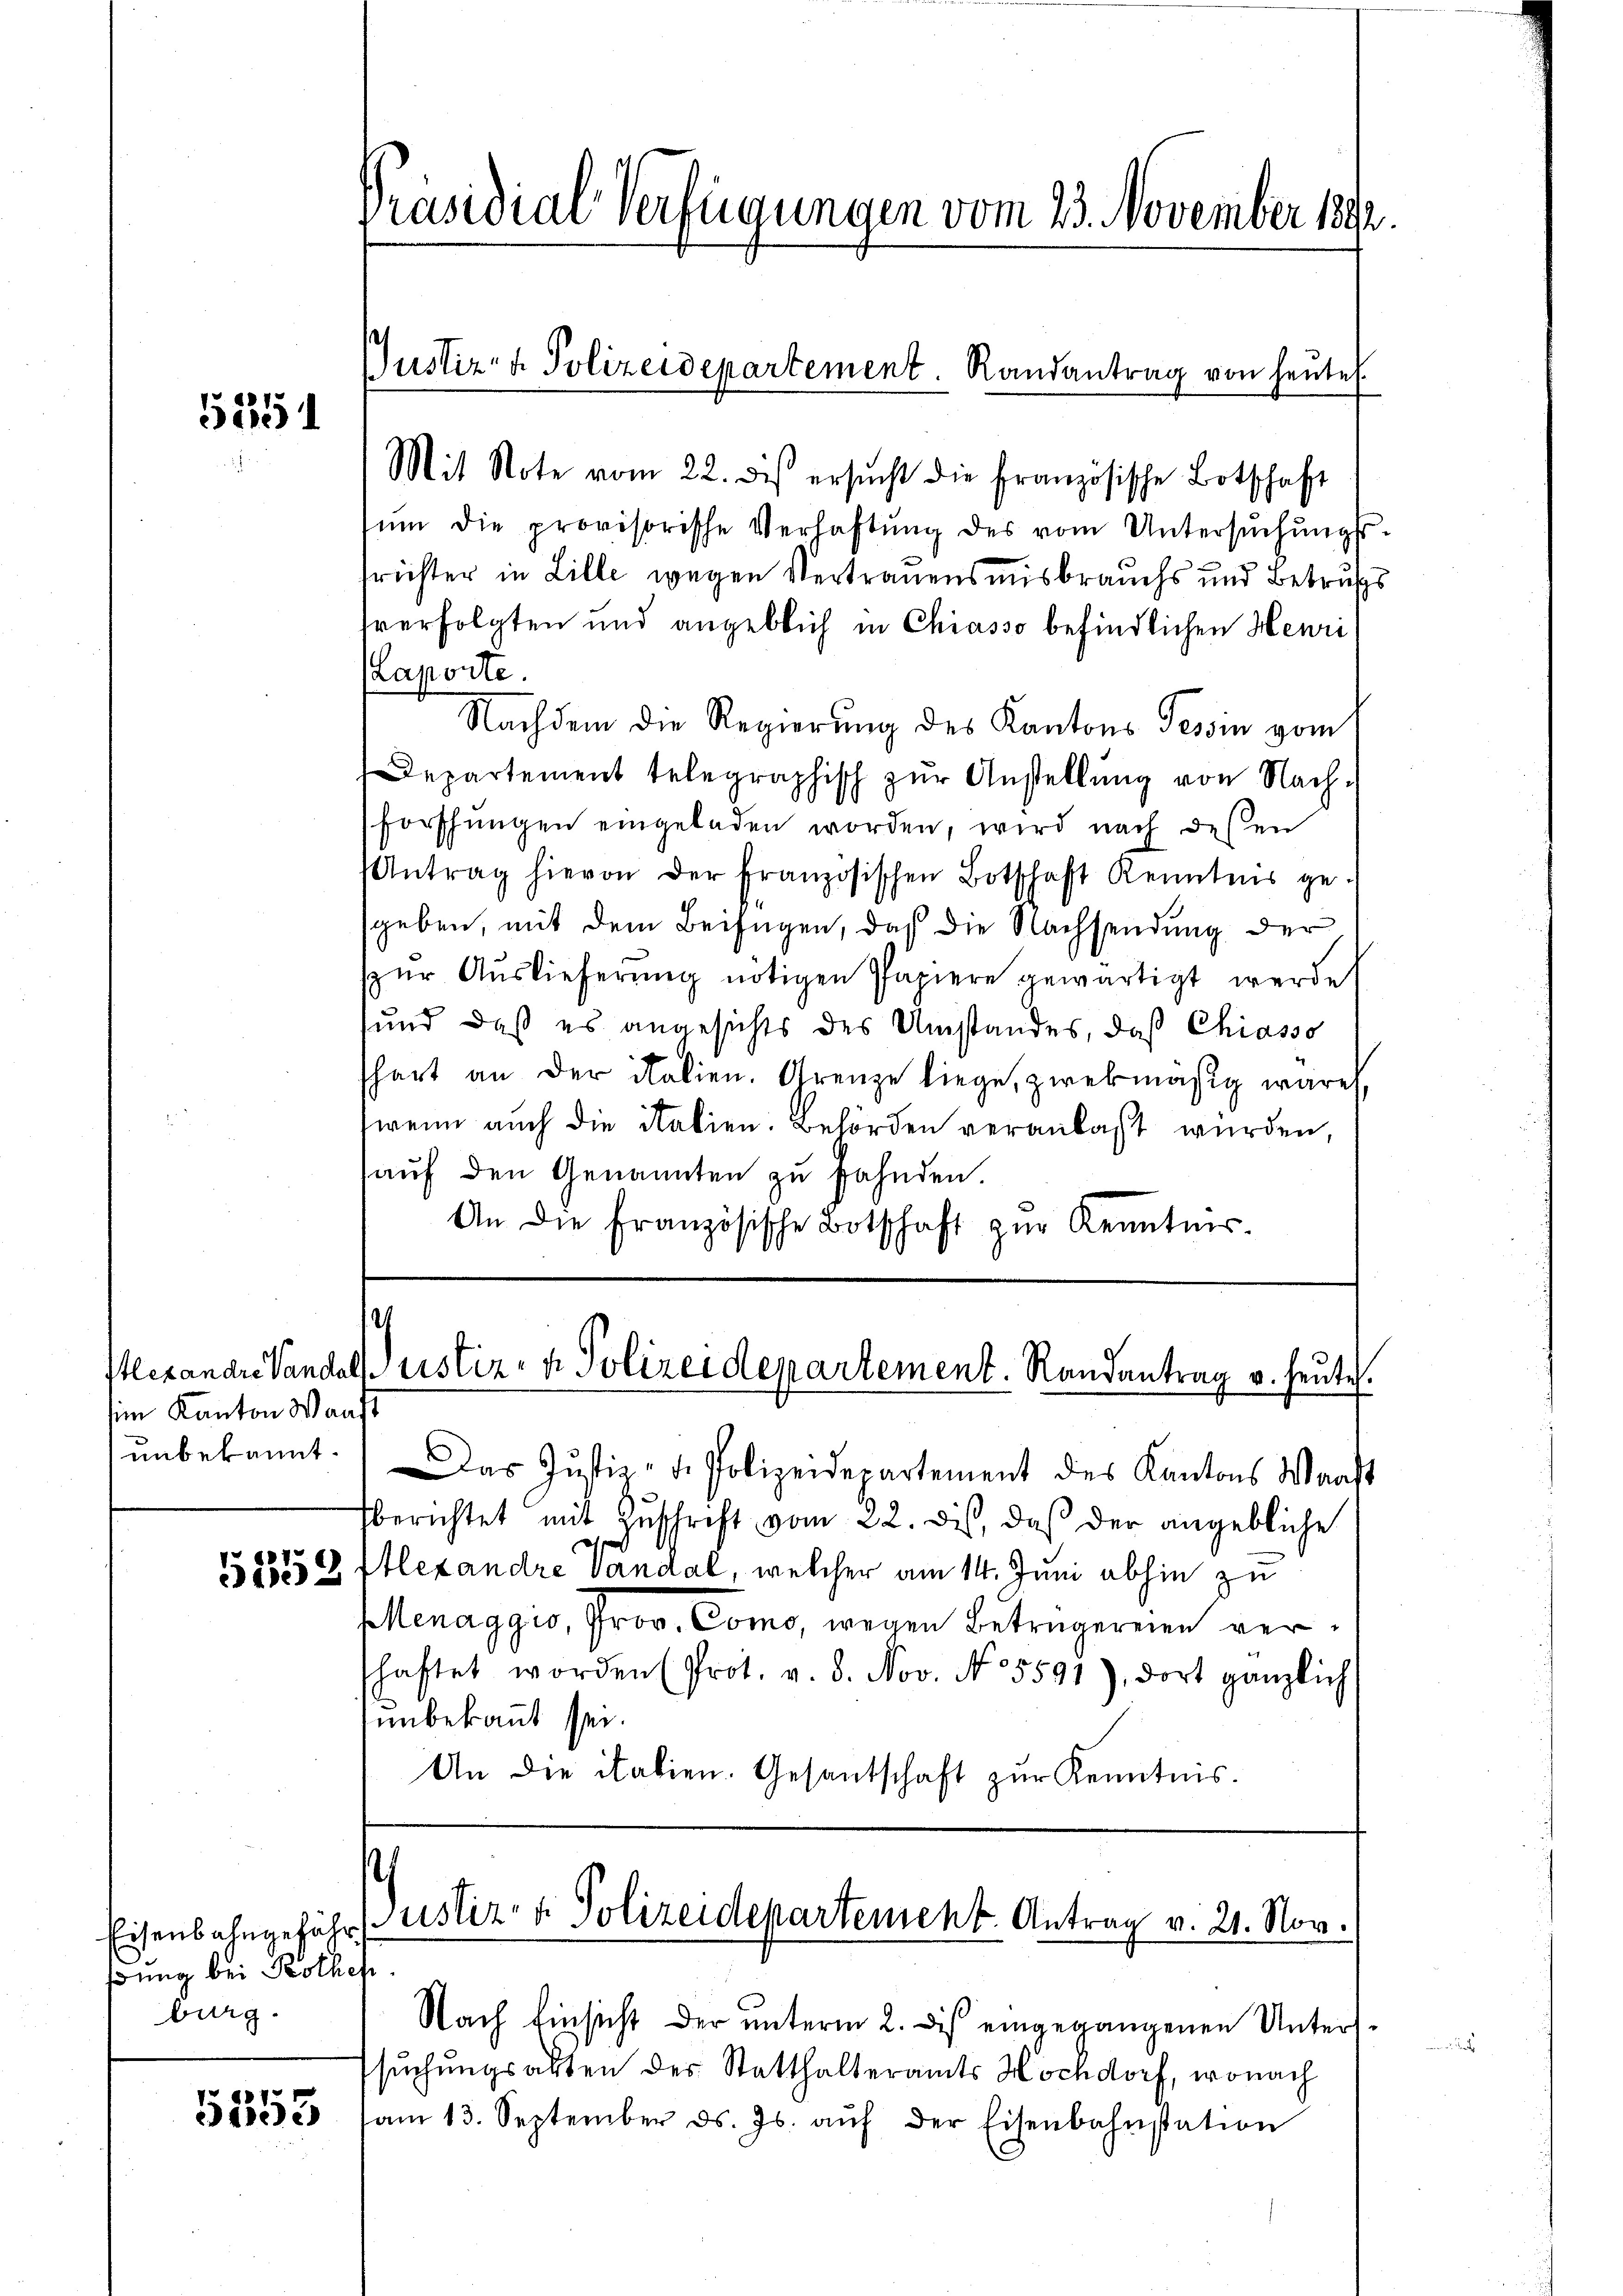
1351

sim Kanton Waast
unbekannt.

5353

ßung bei Prothen.
burg.

5353

Präsidial-Verfügungen vom 23. November 1892.

Justiz- & Polizeidepartement. Randantrag von heute.
Mit Note vom 22. des ersŭcht die französische Botschaft

ŭm die provisorische Verhaftŭng des vom Untersŭchŭngs-
trichter in Lille wegen Vertrauensmisbrauchs und Betrafs
sverfolgten und angeblich in Chiasso befindlichen Henri
Laporte.
Nachdem die Regierung des Kantons Tessin vom
Departement telegraphisch zŭr Anstellŭng von Nach-
forschungen eingeladen worden, wird nach deßen
Antrag hievon der französischen Botschaft Kenntnis ge-
sgeben, mit dem Beifügen, daß die Nachsendung der
zŭr Aŭslieferŭng nötigen Papiere gewärtigt werde
sund, daß es angesichts des Umstandes, daß Chiasso
schart an der italien. Grenze liege, zwekmäßig wäre,
wenn auch die italien. Behörden veranlaßt würden,
auf den Genannten zu fahnden.
An die französische Botschaft zŭr Kenntnis-

¬
Itlexandre Vandals ristiz- & Polizeidepartement. Randantrag v. heute.

Das Justiz- & Polizeidepartement des Kantons Warst
berichtet mit Zuschrift vom 22. dis, daß der angebliche
Alexandre Vandal, welcher am 14. Juni abhin zu
Menaggio, Prov. Como, wegen Betrügereien verschaftet worden (Prot. v. 8. Nov. No. 5597), dort gänzlich
unbekannt sei.
An die italien. Gesantschaft zur Kenntnis.

Eisenbahngeführ ustiz- & Polizeidepartement. Antrag v. 21. Nov.

Nach Einsicht der unterm 2. des eingegangenen Unterssuchungsalten des Statthalteramts Hochdorf, wonach
am 13. September ds. Js. aŭf der Eisenbahngation